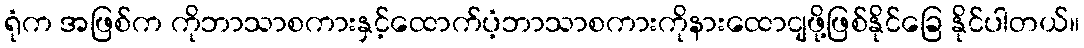
ရုံက အဖြစ်က ကိုဘာသာစကားနှင့်ထောက်ပံ့ဘာသာစကားကိုနားထောငျဖို့ဖြစ်နိုင်ခြေ နိုင်ပါတယ်။